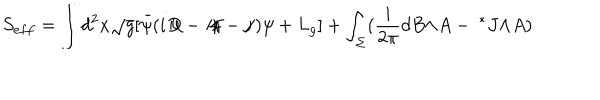
LaTeX: S _ { e f f } = \int d ^ { 2 } x \sqrt { g } [ { \bar { \psi } } ( i { D \! \! \! / } - { A \! \! / } - { j \! \! / } ) \psi + L _ { g } ] + \int _ { \Sigma } ( \frac { i } { 2 \pi } d B { \wedge } A - { \ ^ { * } J } { \wedge } A )